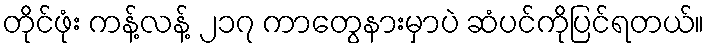
တိုင်ဖုံး ကန့်လန့် ၂၁၇ ကာတွေနားမှာပဲ ဆံပင်ကိုပြင်ရတယ်။